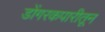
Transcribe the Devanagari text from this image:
डोंगरकपारीतून